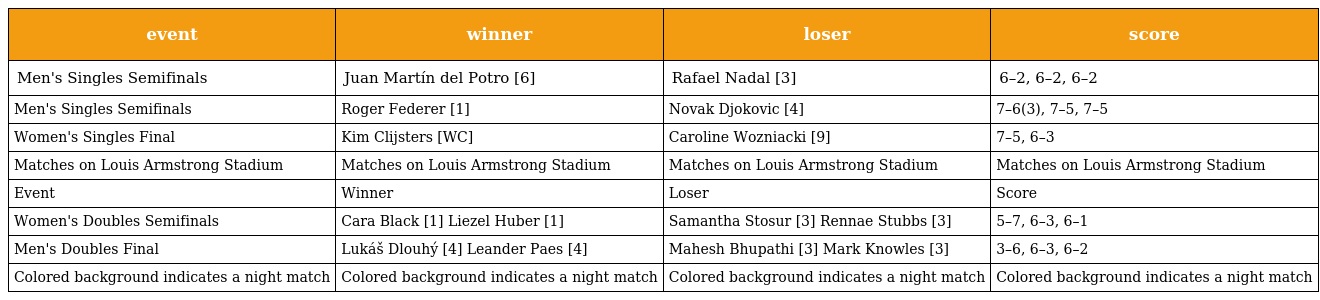
| event | winner | loser | score |
 | --- | --- | --- | --- |
 | Men's Singles Semifinals | Juan Martín del Potro [6] | Rafael Nadal [3] | 6–2, 6–2, 6–2 |
 | Men's Singles Semifinals | Roger Federer [1] | Novak Djokovic [4] | 7–6(3), 7–5, 7–5 |
 | Women's Singles Final | Kim Clijsters [WC] | Caroline Wozniacki [9] | 7–5, 6–3 |
 | Matches on Louis Armstrong Stadium | Matches on Louis Armstrong Stadium | Matches on Louis Armstrong Stadium | Matches on Louis Armstrong Stadium |
 | Event | Winner | Loser | Score |
 | Women's Doubles Semifinals | Cara Black [1] Liezel Huber [1] | Samantha Stosur [3] Rennae Stubbs [3] | 5–7, 6–3, 6–1 |
 | Men's Doubles Final | Lukáš Dlouhý [4] Leander Paes [4] | Mahesh Bhupathi [3] Mark Knowles [3] | 3–6, 6–3, 6–2 |
 | Colored background indicates a night match | Colored background indicates a night match | Colored background indicates a night match | Colored background indicates a night match |